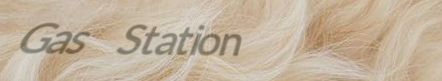
Gas Station